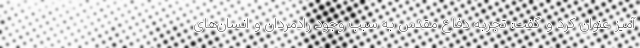
آمیز عنوان کرد و گفت: تجربه دفاع مقدس به سبب وجود رادمردان و انسان‌های